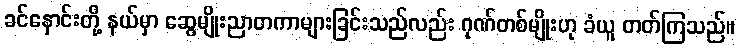
ခင်နှောင်းတို့ နယ်မှာ ဆွေမျိုးညာတကာများခြင်းသည်လည်း ဂုဏ်တစ်မျိုးဟု ခံယူ တတ်ကြသည်။